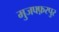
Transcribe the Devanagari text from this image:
मुजफ्फ़रपुर